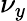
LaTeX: \nu_{y}